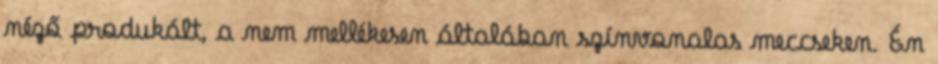
néző produkált, a nem mellékesen általában színvonalas meccseken. Én